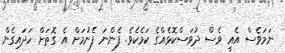
ނަމަވެސް އެއީ ވެސް ދުވަސްކޮޅެއްގެ ކަމެކެވެ. ފެންނަ ފެނުމަށް އެ ގޮތަށް ހަދައިގެން